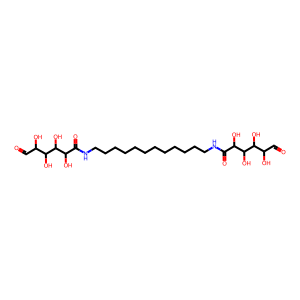
SMILES: O=CC(O)C(O)C(O)C(O)C(=O)NCCCCCCCCCCCCNC(=O)C(O)C(O)C(O)C(O)C=O
Inhibits HIV replication: No